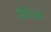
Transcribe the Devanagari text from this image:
भिडता